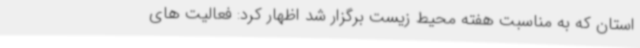
استان که به مناسبت هفته محیط زیست برگزار شد اظهار کرد: فعالیت های